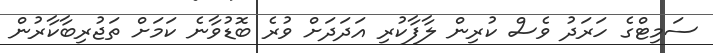
ސަމިޓްގެ ހަރަދު ވެސް ކުރިން ލާފާކުރި އަދަދަށް ވުރެ ބޮޑުވާނެ ކަމަށް ތަޖުރިބާކާރުން